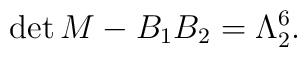
{\rm det}\,M-B_1B_2=\Lambda_2^6.\nonumber